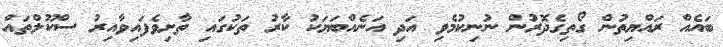
ބައެއް ރައްޔިތުން ގޯތިގެދޮރުން ނުނިކުމެވި އަދި އަނެއްބަޔަކު ކާރު ތަކުގައި ތާށިވެފައިވާއިރު ސްކޫލްތައް